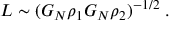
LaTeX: L \sim ( G _ { N } \rho _ { 1 } G _ { N } \rho _ { 2 } ) ^ { - 1 / 2 } \; .